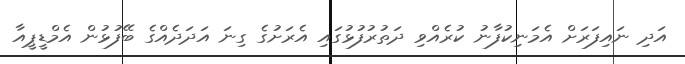
އަދި ނައިފަރަށް އެމަނިކުފާނު ކުރެއްވި ދަތުރުފުޅުގައި އެރަށުގެ ގިނަ އަދަދެއްގެ ބޭފުޅުން އެމްޑީޕީއާ